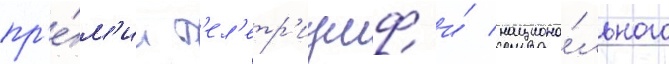
пр'е́м'ии т'ел'етр'иумф и́ национа́льного